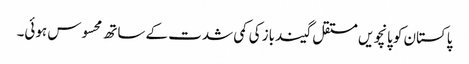
پاکستان کو پانچویں مستقل گیندباز کی کمی شدت کے ساتھ محسوس ہوئی۔